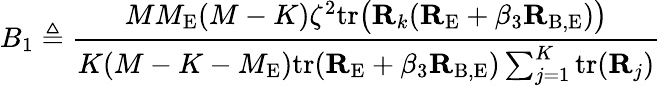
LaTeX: B_{1}\triangleq\frac{MM_{\mathrm{E}}(M-K)\zeta^{2}\mathrm{tr}\big({\mathbf R}_{k}({\mathbf R}_{\mathrm{E}}+\beta_{3}{\mathbf R}_{\mathrm{B,E}})\big)}{K(M-K-M_{\mathrm{E}})\mathrm{tr}({\mathbf R}_{\mathrm{E}}+\beta_{3}{\mathbf R}_{\mathrm{B,E}})\sum_{j=1}^{K}\mathrm{tr}({\mathbf R}_{j})}